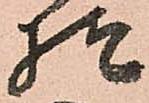
様